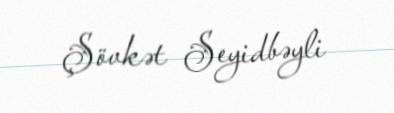
Şövkət Seyidbəyli